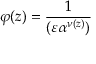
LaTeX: \varphi ( z ) = { \frac { 1 } { ( \varepsilon \alpha ^ { \nu ( z ) } ) } }